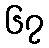
၆၇